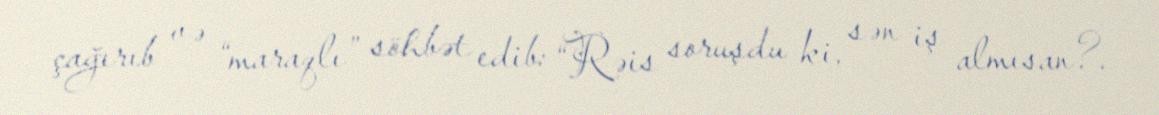
çağırıb və “maraqlı” söhbət edib: “Rəis soruşdu ki, sən iş almısan?.